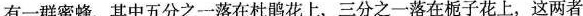
有一群蜜蜂，其中五分之一落在杜鹃花上，三分之一落在栀子花上，这两者